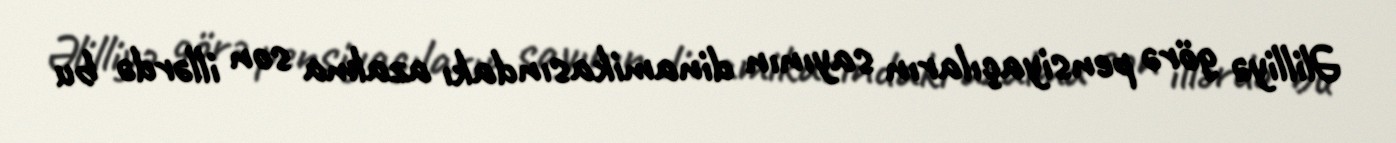
Əlilliyə görə pensiyaçıların sayının dinamikasındakı azalma son illərdə bu